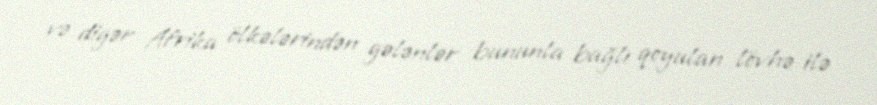
və digər Afrika ölkələrindən gələnlər bununla bağlı qoyulan lövhə ilə